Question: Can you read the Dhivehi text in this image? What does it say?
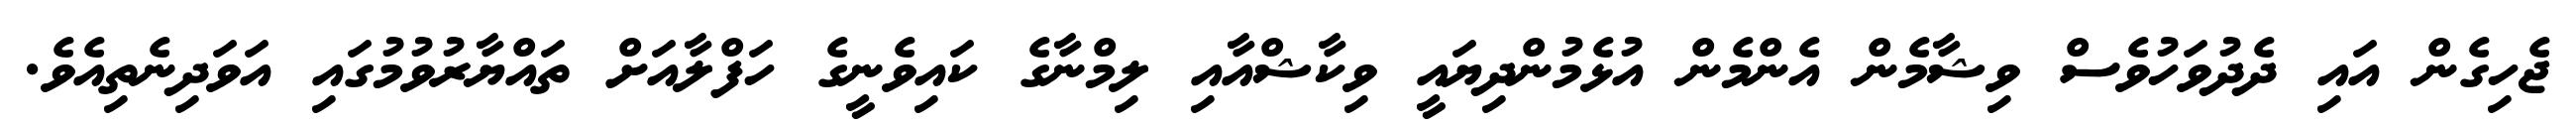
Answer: ޖެހިގެން އައި ދެދުވަހުވެސް ވިޝާމެން އެންމެން އުޅެމުންދިޔައީ ވިކާޝްއާއި ލިމްނާގެ ކައިވެނީގެ ހަފްލާއަށް ތައްޔާރުވުމުގައި އަވަދިނެތިއެވެ.